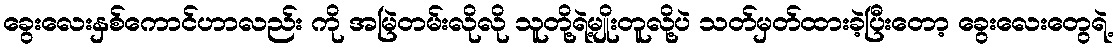
ခွေးလေးနှစ်ကောင်ဟာလည်း ကို အမြဲတမ်းလိုလို သူတို့ရဲ့မျိုးတူလို့ပဲ သတ်မှတ်ထားခဲ့ပြီးတော့ ခွေးလေးတွေရဲ့